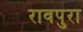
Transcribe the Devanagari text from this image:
रावपुरा